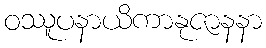
ဝဿူပနာယိကာနုဇာနနာ